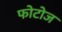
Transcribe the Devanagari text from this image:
फोटोज